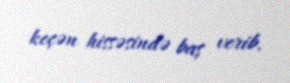
keçən hissəsində baş verib.